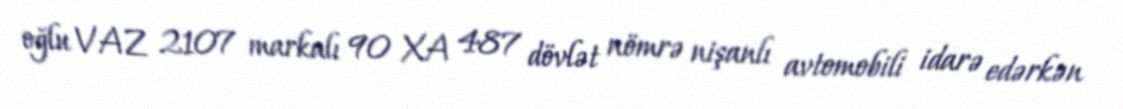
oğlu VAZ 2107 markalı 90 XA 487 dövlət nömrə nişanlı avtomobili idarə edərkən